Report on enteric fever
Disease focus: Fever
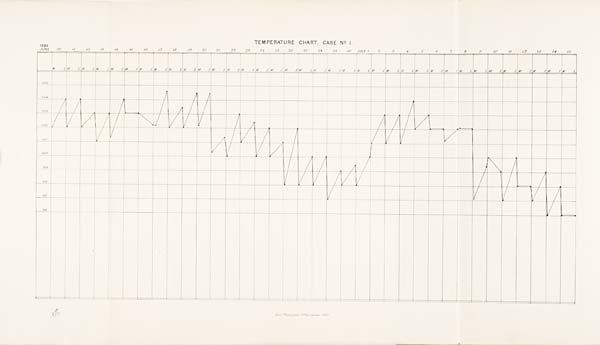
TEMPERATURE CHART. CASE No. 1.
B
B 357 Govt. Photozinco: Office, Poona 1883.